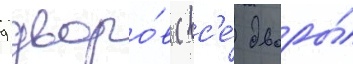
9 дворо́в (вс'е́ дворы́